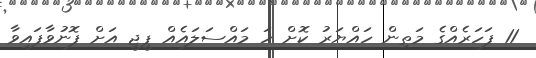
11 ފަހަރެއްގެ މަތިން ހައްޔަރު ކޮށް ހަ މައްސަލައެއް ޕީޖީ އަށް ފޮނުވާފައިވާ